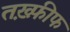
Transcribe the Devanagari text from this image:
तख़्फ़ीफ